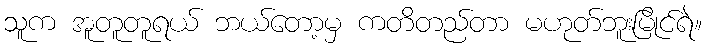
သူက အူတူတူရယ် ဘယ်တော့မှ ကတိတည်တာ မဟုတ်ဘူးမြိုင်ရဲ။